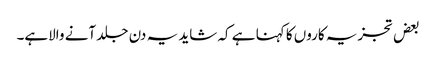
بعض تجزیہ کاروں کا کہنا ہے کہ شاید یہ دن جلد آنے والاہے۔